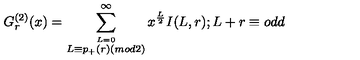
G _ { r } ^ { ( 2 ) } ( x ) = \sum _ { \stackrel { L = 0 } { L \equiv p _ { + } ( r ) ( m o d 2 ) } } ^ { \infty } x ^ { \frac { L } { 2 } } I ( L , r ) ; L + r \equiv o d d